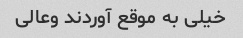
خیلی به موقع آوردند وعالی